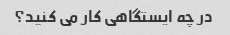
در چه ایستگاهی کار می کنید؟